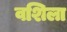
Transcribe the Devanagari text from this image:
वशिला